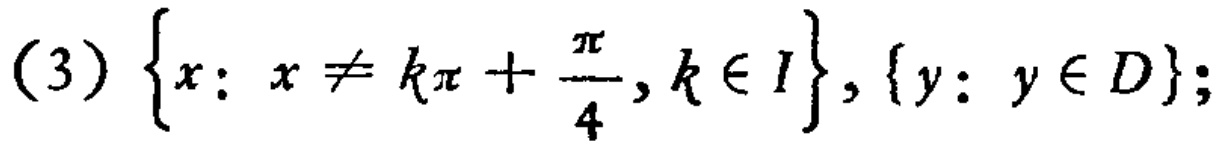
(3) \(\left\{x: x \neq k\pi+\frac{\pi}{4}, k\in I\right\}, \left\{y: y\in D\right\}\);